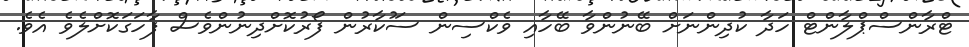
ޓްރާންސްޕްލާންޓް ހަދާ ކުދިންނަށް ބޭނުންވާ ބޭހާއި ވެކްސިން ސަުކާރުން ފޯރުކޮށްދިނުންވެސް ފާހަގަކޮށްލެވެ އެވެ.